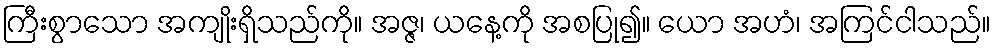
ကြီးစွာသော အကျိုးရှိသည်ကို။ အဇ္ဇ၊ ယနေ့ကို အစပြု၍။ ယော အဟံ၊ အကြင်ငါသည်။